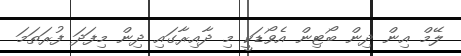
ލޭމް އިން ދިން ބޯޓިން އެވޯޑަކީ މި ދާއިރާގައި ދިން މިފަދަ ފުރަތަަމަ